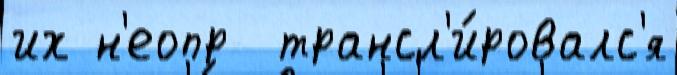
их н'еопр  трансл'и́ровалс'я